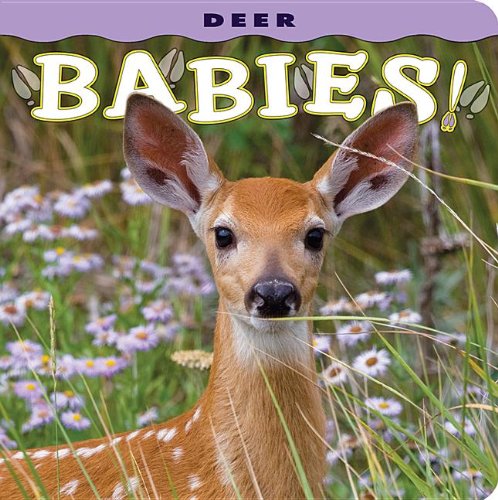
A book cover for Deer Babies!; photography by Donald M. Jones; Children's Books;